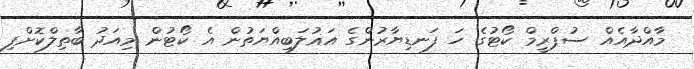
މާއްދާއެއް ސުޕްރީމް ކޯޓުގެ ހަ ފަނޑިޔާރުންގެ އަޣުލަބިއްޔަތުން އެ ކޯޓުން މިއަދު ބާތިލްކޮށްފި